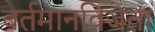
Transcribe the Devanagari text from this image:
वर्तमानविजेता